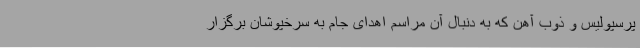
پرسپولیس و ذوب‌ آهن که به‌ دنبال آن مراسم اهدای جام به سرخپوشان برگزار